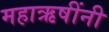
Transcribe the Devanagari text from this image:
महाऋषींनी